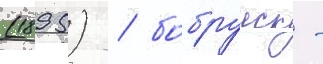
(1895) / бобруиск -